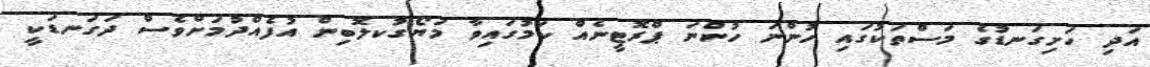
އަދި ހަށިގަނޑުގެ މަސްތަކުގައި ހުންނަ ހުންނަ ޕްރޮޓީނެއް ކަމުގައިވާ މަޔޯގުކލޮބިން އުފެއްދުމަށްވެސް ދަގަނޑަކީ